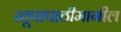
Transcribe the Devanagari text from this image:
स्तूपापाठीमागील